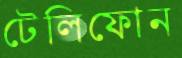
টেলিফোন